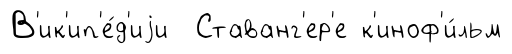
В'ик'ип'е́д'иjи Ставанг'ер'е к'иноф'и́льм